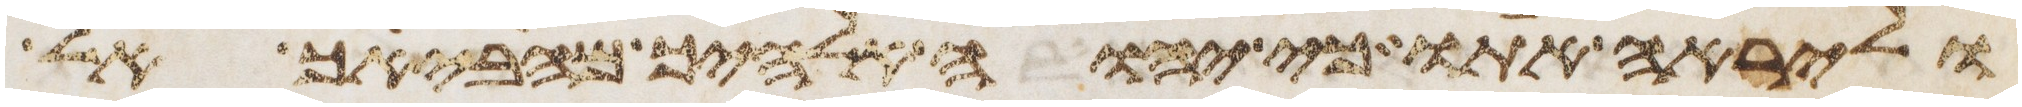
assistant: וליראה אתו כי יהוה אלהיך מביאך אל